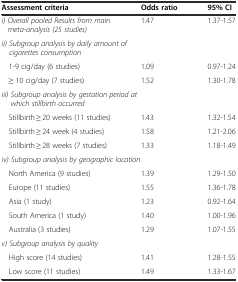
| Assessment criteria | Odds ratio | 95% CI |
 | --- | --- | --- |
 | i) Overall pooled Results from main meta-analysis (25 studies) | 1.47 | 1.37-1.57 |
 | <COLSPAN=3> ii) Subgroup analysis by daily amount of cigarettes consumption |
 | 1-9 cig/day (6 studies) | 1.09 | 0.97-1.24 |
 | ≥ 10 cig/day (7 studies) | 1.52 | 1.30-1.78 |
 | <COLSPAN=3> iii) Subgroup analysis by gestation period at which stillbirth occurred |
 | Stillbirth ≥ 20 weeks (11 studies) | 1.43 | 1.32-1.54 |
 | Stillbirth ≥ 24 week (4 studies) | 1.58 | 1.21-2.06 |
 | Stillbirth ≥ 28 weeks (7 studies) | 1.33 | 1.18-1.49 |
 | <COLSPAN=3> iv) Subgroup analysis by geographic location |
 | North America (9 studies) | 1.39 | 1.29-1.50 |
 | Europe (11 studies) | 1.55 | 1.36-1.78 |
 | Asia (1 study) | 1.23 | 0.92-1.64 |
 | South America (1 study) | 1.40 | 1.00-1.96 |
 | Australia (3 studies) | 1.29 | 1.07-1.55 |
 | <COLSPAN=3> v) Subgroup analysis by quality |
 | High score (14 studies) | 1.41 | 1.28-1.55 |
 | Low score (11 studies) | 1.49 | 1.33-1.67 |